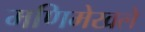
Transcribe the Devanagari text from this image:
मणिमेखले